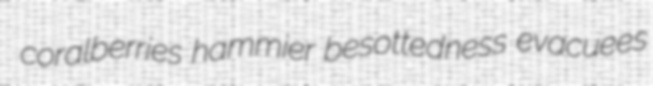
coralberries hammier besottedness evacuees